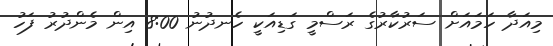
މިއަދާ ހަމައަށް ސަރުކާރުގެ ރަސްމީ ގަޑިއަކީ ހެނދުނު 8:00 އިން މެންދުރު ފަހު